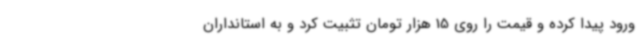
ورود پیدا کرده و قیمت را روی 15 هزار تومان تثبیت کرد و به استانداران